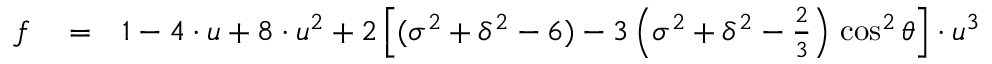
\begin{array} { r l r } { f } & { { } = } & { 1 - 4 \cdot u + 8 \cdot u ^ { 2 } + 2 \left[ ( \sigma ^ { 2 } + \delta ^ { 2 } - 6 ) - 3 \left( \sigma ^ { 2 } + \delta ^ { 2 } - \frac { 2 } { 3 } \right) \, \cos ^ { 2 } \theta \right] \cdot u ^ { 3 } } \end{array}